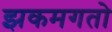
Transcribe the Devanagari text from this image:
झकमगतो